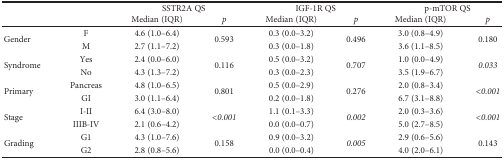
<table><thead><tr><td rowspan="2" colspan="2"></td><td colspan="2"><b>SSTR2A QS</b></td><td colspan="2"><b>IGF-1R QS</b></td><td colspan="2"><b>p-mTOR QS</b></td></tr><tr><td><b>Median (IQR)</b></td><td><b><i>p</i></b></td><td><b>Median (IQR)</b></td><td><b><i>p</i></b></td><td><b>Median (IQR)</b></td><td><b><i>p</i></b></td></tr></thead><tbody><tr><td rowspan="2">Gender</td><td>F</td><td>4.6 (1.0–6.4)</td><td rowspan="2">0.593</td><td>0.3 (0.0–3.2)</td><td rowspan="2">0.496</td><td>3.0 (0.8–4.9)</td><td rowspan="2">0.180</td></tr><tr><td>M</td><td>2.7 (1.1–7.2)</td><td>0.3 (0.0–1.8)</td><td>3.6 (1.1–8.5)</td></tr><tr><td rowspan="2">Syndrome</td><td>Yes</td><td>2.4 (0.0–6.0)</td><td rowspan="2">0.116</td><td>0.5 (0.0–3.2)</td><td rowspan="2">0.707</td><td>1.0 (0.0–4.9)</td><td rowspan="2"><i>0.033</i></td></tr><tr><td>No</td><td>4.3 (1.3–7.2)</td><td>0.3 (0.0–2.3)</td><td>3.5 (1.9–6.7)</td></tr><tr><td rowspan="2">Primary</td><td>Pancreas</td><td>4.8 (1.0–6.5)</td><td rowspan="2">0.801</td><td>0.5 (0.0–2.9)</td><td rowspan="2">0.276</td><td>2.0 (0.8–3.4)</td><td rowspan="2"><i>&lt;0.001</i></td></tr><tr><td>GI</td><td>3.0 (1.1–6.4)</td><td>0.2 (0.0–1.8)</td><td>6.7 (3.1–8.8)</td></tr><tr><td rowspan="2">Stage</td><td>I-II</td><td>6.4 (3.0–8.0)</td><td rowspan="2"><i>&lt;0.001</i></td><td>1.1 (0.1–3.3)</td><td rowspan="2"><i>0.002</i></td><td>2.0 (0.3–3.6)</td><td rowspan="2"><i>&lt;0.001</i></td></tr><tr><td>IIIB-IV</td><td>2.1 (0.6–4.2)</td><td>0.0 (0.0–0.7)</td><td>5.0 (2.7–8.5)</td></tr><tr><td rowspan="2">Grading</td><td>G1</td><td>4.3 (1.0–7.6)</td><td rowspan="2">0.158</td><td>0.9 (0.0–3.2)</td><td rowspan="2"><i>0.005</i></td><td>2.9 (0.6–5.6)</td><td rowspan="2">0.143</td></tr><tr><td>G2</td><td>2.8 (0.8–5.6)</td><td>0.0 (0.0–0.4)</td><td>4.0 (2.0–6.1)</td></tr></tbody></table>